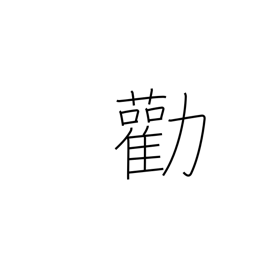
Meaning: advise